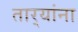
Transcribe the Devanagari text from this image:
तार्‍यांना